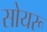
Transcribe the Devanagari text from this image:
सोयरू